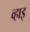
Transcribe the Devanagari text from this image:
व्हाइ